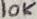
Text: 10K